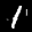
Label: 1